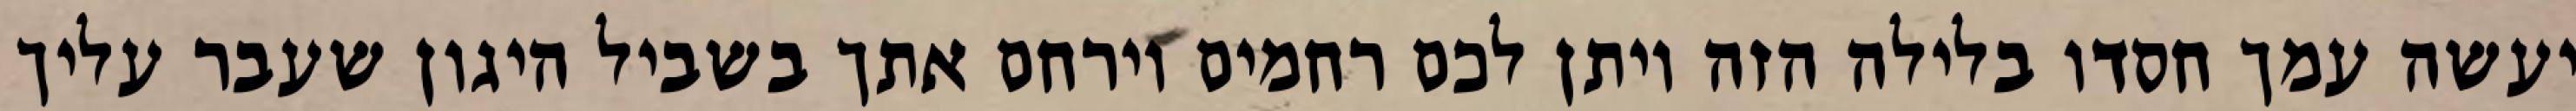
יעשה עמך חסדו בלילה הזה ויתן לכם רחמים וירחם אתך בשביל היגון שעבר עליך